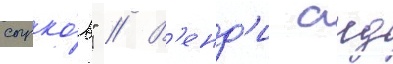
сырко́в" // В'енд'и аид